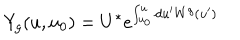
Y _ { g } ( u , u _ { 0 } ) = U ^ { * } e ^ { \int _ { u _ { 0 } } ^ { u } d u ^ { \prime } W ^ { g } ( u ^ { \prime } ) }